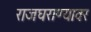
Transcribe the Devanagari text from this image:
राजघराण्यावर